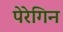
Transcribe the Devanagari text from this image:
पेरेगिन